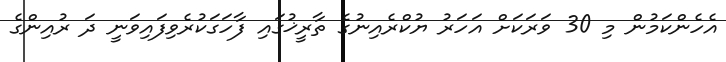
އެހެންކަމުން މި 30 ވަރަކަށް އަހަރު ޔުކްރެއިނުގެ ތާރީޚުގައި ފާހަގަކުރެވިފައިވަނީ ދަ ރުއިންގެ